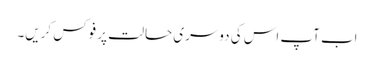
اب آپ اس کی دوسری حالت پر فوکس کریں۔